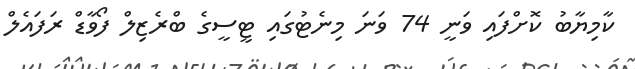
ކާމިޔާބު ކޮށްފައި ވަނީ 74 ވަނަ މިނެޓުގައި ޓީސީގެ ބްރެޒިލް ފޯވާޑް ރަފައެލް